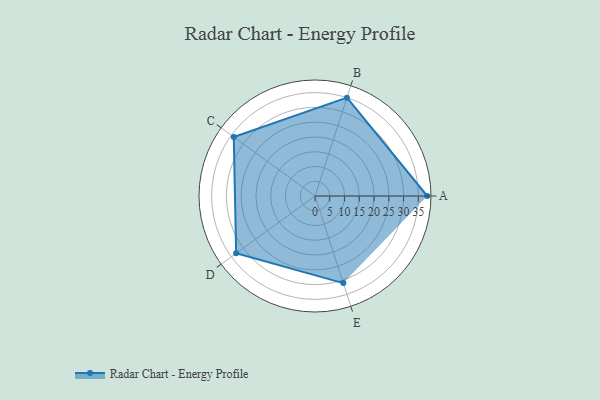
{"axis": {"x": "Skill", "y": "Score"}, "legend": ["Profile"], "data": [{"x": "A", "y": 38.0, "type": "Profile"}, {"x": "B", "y": 35.0, "type": "Profile"}, {"x": "C", "y": 34.0, "type": "Profile"}, {"x": "D", "y": 33.0, "type": "Profile"}, {"x": "E", "y": 31.0, "type": "Profile"}]}